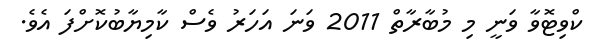
ކްވިޓޮވާ ވަނީ މި މުބާރާތް 2011 ވަނަ އަހަރު ވެސް ކާމިޔާބުކޮށްފަ އެވެ.